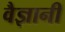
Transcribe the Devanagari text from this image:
वैज्ञानी